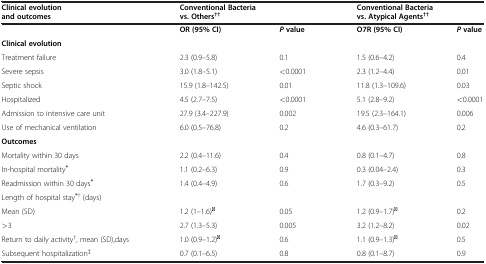
<table><thead><tr><td><b>Clinical evolution and outcomes</b></td><td colspan="2"><b>Conventional Bacteria vs. Others<sup>††</sup></b></td><td colspan="2"><b>Conventional Bacteria vs. Atypical Agents<sup>††</sup></b></td></tr></thead><tbody><tr><td> </td><td><b>OR (95% CI)</b></td><td><b><i>P </i></b><b>value</b></td><td><b>O7R (95% CI)</b></td><td><b><i>P </i></b><b>value</b></td></tr><tr><td><b>Clinical evolution</b></td><td> </td><td> </td><td> </td><td> </td></tr><tr><td>Treatment failure</td><td>2.3 (0.9–5.8)</td><td>0.1</td><td>1.5 (0.6–4.2)</td><td>0.4</td></tr><tr><td>Severe sepsis</td><td>3.0 (1.8–5.1)</td><td>&lt;0.0001</td><td>2.3 (1.2–4.4)</td><td>0.01</td></tr><tr><td>Septic shock</td><td>15.9 (1.8–142.5)</td><td>0.01</td><td>11.8 (1.3–109.6)</td><td>0.03</td></tr><tr><td>Hospitalized</td><td>4.5 (2.7–7.5)</td><td>&lt;0.0001</td><td>5.1 (2.8–9.2)</td><td>&lt;0.0001</td></tr><tr><td>Admission to intensive care unit</td><td>27.9 (3.4–227.9)</td><td>0.002</td><td>19.5 (2.3–164.1)</td><td>0.006</td></tr><tr><td>Use of mechanical ventilation</td><td>6.0 (0.5–76.8)</td><td>0.2</td><td>4.6 (0.3–61.7)</td><td>0.2</td></tr><tr><td><b>Outcomes</b></td><td> </td><td> </td><td> </td><td> </td></tr><tr><td>Mortality within 30 days</td><td>2.2 (0.4–11.6)</td><td>0.4</td><td>0.8 (0.1–4.7)</td><td>0.8</td></tr><tr><td>In-hospital mortality<sup><b>*</b></sup></td><td>1.1 (0.2–6.3)</td><td>0.9</td><td>0.3 (0.04–2.4)</td><td>0.3</td></tr><tr><td>Readmission within 30 days<sup><b>*</b></sup></td><td>1.4 (0.4–4.9)</td><td>0.6</td><td>1.7 (0.3–9.2)</td><td>0.5</td></tr><tr><td>Length of hospital stay<sup><b>*</b>†</sup> (days)</td><td> </td><td> </td><td> </td><td> </td></tr><tr><td>Mean (SD)</td><td>1.2 (1–1.6)<sup><b>║</b></sup></td><td>0.05</td><td>1.2 (0.9–1.7)<sup><b>║</b></sup></td><td>0.2</td></tr><tr><td>&gt;3</td><td>2.7 (1.3–5.3)</td><td>0.005</td><td>3.2 (1.2–8.2)</td><td>0.02</td></tr><tr><td>Return to daily activity<sup>†</sup>, mean (SD),days</td><td>1.0 (0.9–1.2)<sup><b>║</b></sup></td><td>0.6</td><td>1.1 (0.9–1.3)<sup><b>║</b></sup></td><td>0.5</td></tr><tr><td>Subsequent hospitalization<sup>‡</sup></td><td>0.7 (0.1–6.5)</td><td>0.8</td><td>0.8 (0.1–8.7)</td><td>0.9</td></tr></tbody></table>